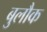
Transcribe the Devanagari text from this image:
बुलौक